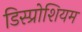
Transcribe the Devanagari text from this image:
डिस्प्रोशियम